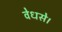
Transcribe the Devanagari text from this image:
वेधसे।